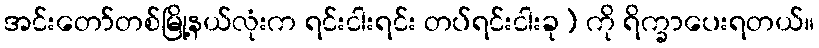
အင်းတော်တစ်မြို့နယ်လုံးက ရင်းငါးရင်း တပ်ရင်းငါးခု) ကို ရိက္ခာပေးရတယ်။